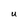
Character: U